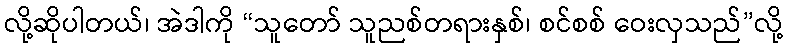
လို့ဆိုပါတယ်၊ အဲဒါကို “သူတော် သူညစ်တရားနှစ်၊ စင်စစ် ဝေးလှသည်”လို့